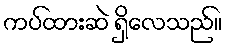
ကပ်ထားဆဲ ရှိလေသည်။